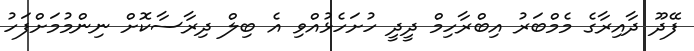
ފޭދޫ ދާއިރާގެ މެމްބަރު އިބްރާހިމް ދީދީ ހުށަހެޅުއްވި އެ ބިލް ދިރާސާކޮށް ނިންމުމަށްފަހު